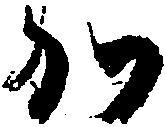
か